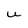
Character: U